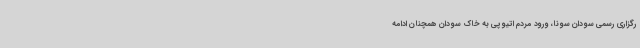
رگزاری رسمی سودان سونا، ورود مردم اتیوپی به خاک سودان همچنان ادامه